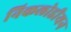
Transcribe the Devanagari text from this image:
निकलोडीयन